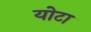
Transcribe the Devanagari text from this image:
योटा